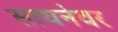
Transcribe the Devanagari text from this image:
साधनेवर